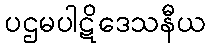
ပဌမပါဋိဒေသနီယ